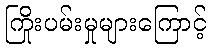
ကြိုးပမ်းမှုများကြောင့်